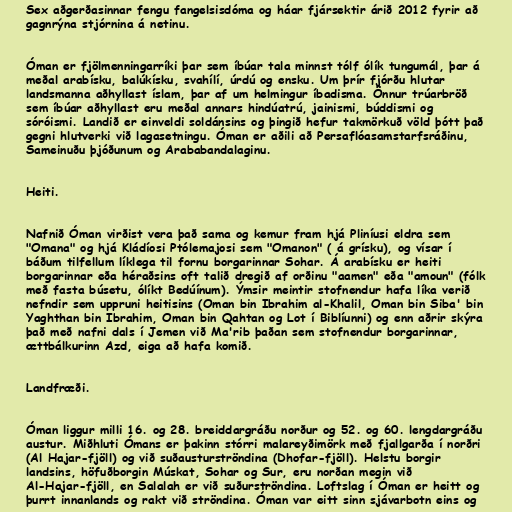
Sex aðgerðasinnar fengu fangelsisdóma og háar fjársektir árið 2012 fyrir að
gagnrýna stjórnina á netinu.

Óman er fjölmenningarríki þar sem íbúar tala minnst tólf ólík tungumál, þar á
meðal arabísku, balúkísku, svahílí, úrdú og ensku. Um þrír fjórðu hlutar
landsmanna aðhyllast íslam, þar af um helmingur íbadisma. Önnur trúarbröð
sem íbúar aðhyllast eru meðal annars hindúatrú, jainismi, búddismi og
sóróismi. Landið er einveldi soldánsins og þingið hefur takmörkuð völd þótt það
gegni hlutverki við lagasetningu. Óman er aðili að Persaflóasamstarfsráðinu,
Sameinuðu þjóðunum og Arababandalaginu.

Heiti.

Nafnið Óman virðist vera það sama og kemur fram hjá Pliníusi eldra sem
"Omana" og hjá Kládíosi Ptólemajosi sem "Omanon" ( á grísku), og vísar í
báðum tilfellum líklega til fornu borgarinnar Sohar. Á arabísku er heiti
borgarinnar eða héraðsins oft talið dregið af orðinu "aamen" eða "amoun" (fólk
með fasta búsetu, ólíkt Bedúínum). Ýmsir meintir stofnendur hafa líka verið
nefndir sem uppruni heitisins (Oman bin Ibrahim al-Khalil, Oman bin Siba' bin
Yaghthan bin Ibrahim, Oman bin Qahtan og Lot í Biblíunni) og enn aðrir skýra
það með nafni dals í Jemen við Ma'rib þaðan sem stofnendur borgarinnar,
ættbálkurinn Azd, eiga að hafa komið.

Landfræði.

Óman liggur milli 16. og 28. breiddargráðu norður og 52. og 60. lengdargráðu
austur. Miðhluti Ómans er þakinn stórri malareyðimörk með fjallgarða í norðri
(Al Hajar-fjöll) og við suðausturströndina (Dhofar-fjöll). Helstu borgir
landsins, höfuðborgin Múskat, Sohar og Sur, eru norðan megin við
Al-Hajar-fjöll, en Salalah er við suðurströndina. Loftslag í Óman er heitt og
þurrt innanlands og rakt við ströndina. Óman var eitt sinn sjávarbotn eins og